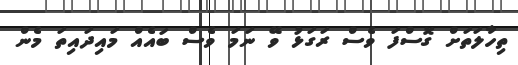
ތިހާލަތަށް ގޮސްފަ ވެސް ރަގަޅު ވޭ ނަމަ ވެސް ބައެއް މައިދައިތަ މެން